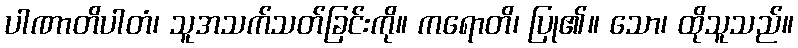
ပါဏာတိပါတံ၊ သူအသက်သတ်ခြင်းကို။ ကရောတိ၊ ပြု၏။ သော၊ ထိုသူသည်။